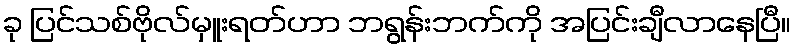
ခု ပြင်သစ်ဗိုလ်မှူးရတ်ဟာ ဘရွန်းဘက်ကို အပြင်းချီလာနေပြီ။